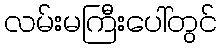
လမ်းမကြီးပေါ်တွင်